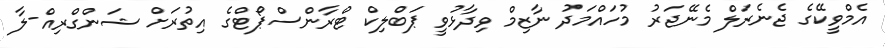
އެމްވީކޭގެ ޖެނެރަލް މެނޭޖަރު މުހައްމަދު ނާޒިމް ވިދާޅުވީ ޕަބްލިކް ޓްރާންސްޕޯޓްގެ އިތުރަށް ޝަންގްރިއް-ލާ